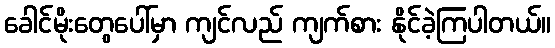
ခေါင်မိုးတွေပေါ်မှာ ကျင်လည် ကျက်စား နိုင်ခဲ့ကြပါတယ်။